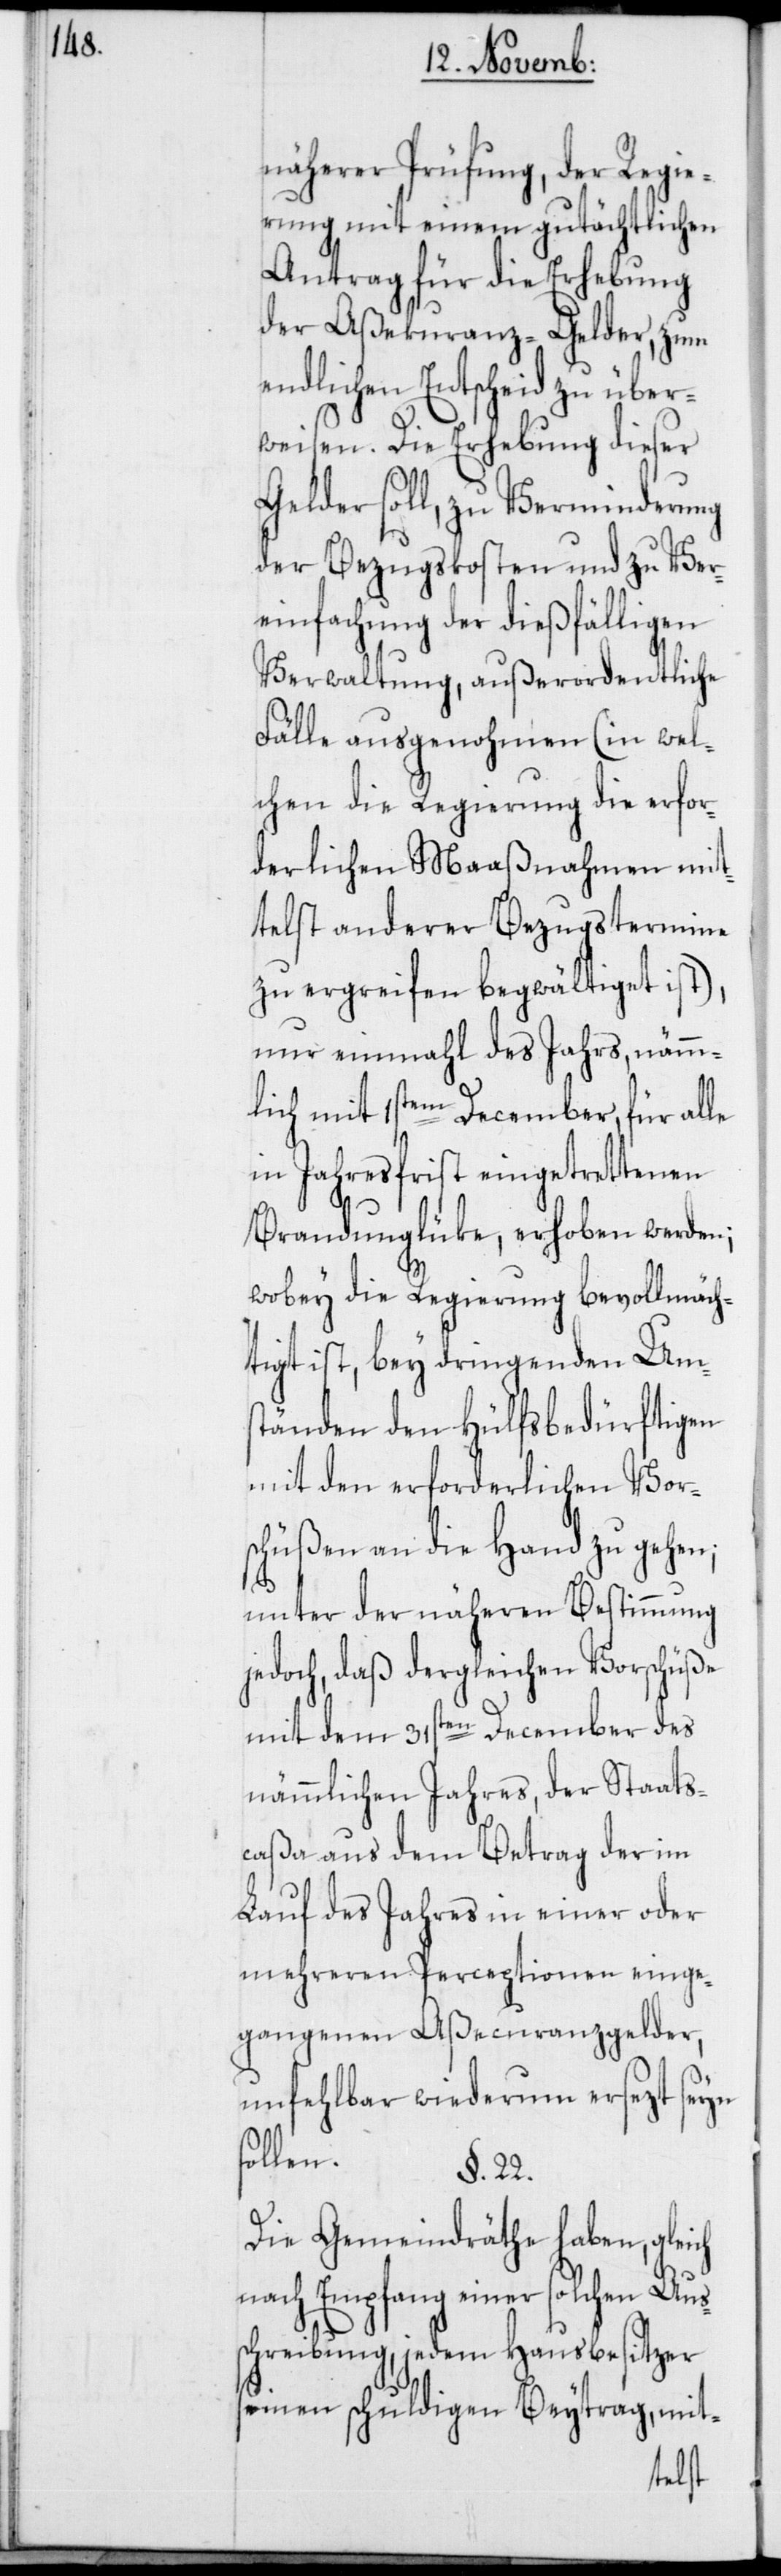
näherer Prüfung, der Regie¬
rung mit einem gutächtlichen
Antrag für die Erhebung
der Aßekuranz-Gelder, zum
endlichen Entscheid zu über¬
weisen. Die Erhebung dieser
Gelder soll, zu Verminderung
der Bezugskosten und zu Ver¬
einfachung der dießfälligen
Verwaltung, außerordentliche
Fälle ausgenohmen (in wel¬
chen die Regierung die erfor¬
derlichen Maaßnahmen mit¬
telst anderer Bezugstermine
zu ergreifen begwältiget ist),
nur einmahl des Jahrs, nämm¬
lich mit 1stem December, für alle
in Jahresfrist eingetrettenen
Brandunglüke, erhoben werden;
wobey die Regierung bevollmäch¬
tigt ist, bey dringenden Ums¬
tänden den Hülfsbedürftigen
mit den erforderlichen Vor¬
schüßen an die Hand zu gehen;
unter der näheren Bestimmung
jedoch, daß dergleichen Vorschüße
mit dem 31sten December des
nämmlichen Jahres, der Staats¬
caßa aus dem Betrag der im
Lauf des Jahres in einer oder
mehreren Perceptionen einge¬
gangenen Aßecuranzgelder,
unfehlbar wiederum ersezt seyn
sollen.
§. 22.
Die Gemeindräthe haben, gleich
nach Empfang einer solchen Aus¬
schreibung, jedem Hausbesitzer
seinen schuldigen Beytrag, mit-